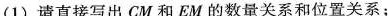
(1)请直接写出CM和EM的数量关系和位置关系；